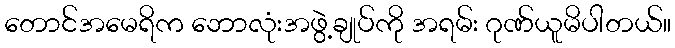
တောင်အမေရိက ဘောလုံးအဖွဲ့ချုပ်ကို အရမ်း ဂုဏ်ယူမိပါတယ်။